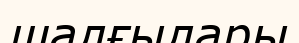
шалғылары